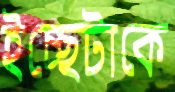
ইচ্ছেটাকে